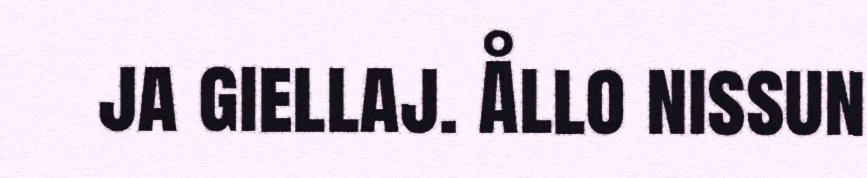
ja giellaj. Ållo nissun